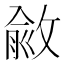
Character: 𢾄